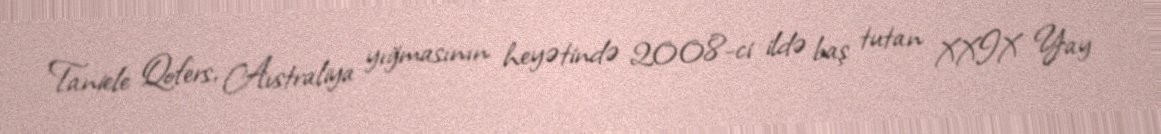
Taniele Qofers, Avstraliya yığmasının heyətində 2008-ci ildə baş tutan XXIX Yay